Insane asylums Bombay 1873-77 - 1873-1877
Year: 1873
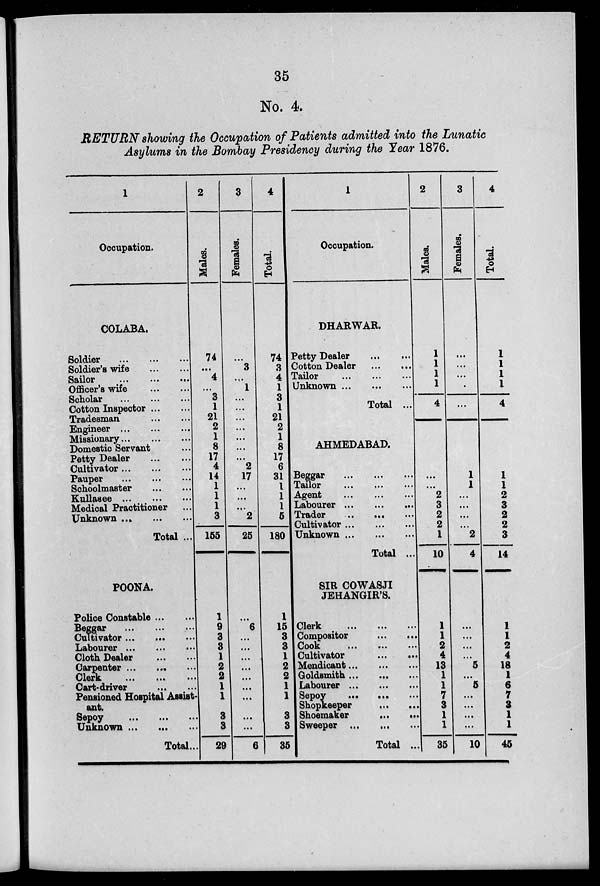
35
No. 4.
RETURN showing the Occupation of Patients admitted into the Lunatic
Asylums in the Bombay Presidency during the Year 1876.
1
Occupation.
COLABA.
Soldier ... ... ...
Soldier's wife ... ...
Sailor ... ... ...
Officer's wife ... ...
Scholar ... ... ...
Cotton Inspeotor ... ...
Tradesman ... ...
Engineer ... ... ...
Missionary ... ... ...
Domestic Servant ...
Petty Dealer ... ...
Cultivator ... ... ...
Pauper ... ... ...
Schoolmaster ... ...
Kullasee ... ... ...
Medical Practitioner ...
Unknown ... ... ...
Total ...
POONA.
Police Constable ... ...
Beggar
...
...
...
Cultivator ... ... ...
Labourer ...
... ...
Cloth Dealer ... ...
Carpenter ... ... ...
Clerk
... ... ...
Cart-driver ... ...
Pensioned Hospital Assist-
ant.
Sepoy ... ... ...
Unknown ... ... ...
Total ...
2
Males.
74
...
4
...
3
1
21
2
1
8
17
4
14
1
1
1
3
155
1
9
3
3
1
2
2 1
1
3
3
29
3
Females.
...
3
...
1
...
...
...
...
...
...
...
2
17
...
...
...
2
25
...
6
...
...
...
...
...
...
...
...
...
6
4
Total.
74
3
4
1
3
1
21
2
1
8
17
6
31
1
1
1
5
180
1
15
3
3
1
2
2
1
1
3
3
35
1
Occupation.
DHARWAR.
Petty Dealer ... ...
Cotton Dealer ... ...
Tailor ... ... ...
Unknown ... ... ...
Total ...
AHMEDABAD.
Beggar ... ... ...
Tailor ... ... ...
Agent ... ... ...
Labourer ... ... ...
Trader ... ... ...
Cultivator ... ... ...
Unknown ... ... ...
Total ...
SIR COWASJI
JEHANGIR'S.
Clerk
...
...
...
Compositor ... ...
Cook ... ... ...
Cultivator
...
...
Mendicant ... ... ...
Goldsmith ... ... ...
Labourer ... ... ...
Sepoy ... ... ...
Shopkeeper ... ...
Shoemaker ... ...
Sweeper ... ... ...
Total ...
2
Males.
1
1
1
1
4
...
...
2
3
2
2
1
10
1
1
2
4
13
1
1
7
3
1
1
35
3
Females.
...
...
...
...
...
1
1
...
...
...
...
2
4
...
...
...
...
5
...
5
...
...
...
...
10
4
Total.
1
1
1
1
4
1
1
2
3
2
2
3
14
1
1
2
4
18
1
6
7
3
1
1
45